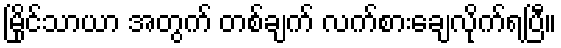
မြိုင်သာယာ အတွက် တစ်ချက် လက်စားချေလိုက်ရပြီ။